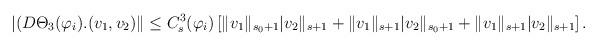
LaTeX: \begin{align*}|(D\Theta_3(\varphi_i).(v_1,v_2)\| \le C_s^3(\varphi_i)\left[\|v_1\|_{s_0+1}|v_2\|_{s+1}+\|v_1\|_{s+1}|v_2\|_{s_0+1}+\|v_1\|_{s+1}|v_2\|_{s+1}\right].\end{align*}